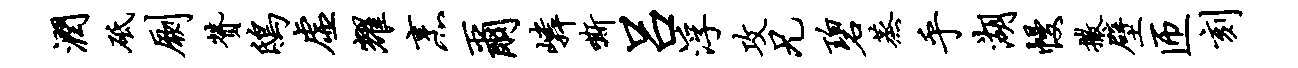
润砥劂赞鸱虚耀烹尔嶙嘶吕浮攻兄碧蒸乎湖幔撒壁匝刻